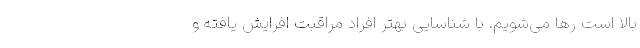
بالا است رها می‌شویم. با شناسایی بهتر افراد مراقبت افرایش یافته و